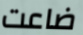
ضاعت